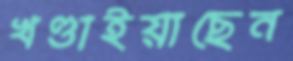
খণ্ডাইয়াছেন